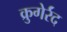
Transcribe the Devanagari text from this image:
क्रुगेर्रंद